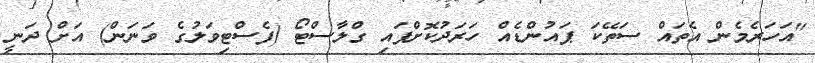
"އަހަރެމެން އެތައް ސަތޭކަ ޕައުންޑެއް ހަރަދުކޮށްފައި ގްލާސްޓޯ (ފެސްޓިވަލުގެ ވަނަން) އަށް ދަނީ